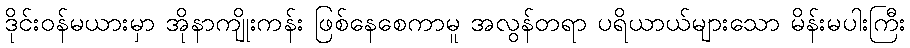
ဒိုင်းဝန်မယားမှာ အိုနာကျိုးကန်း ဖြစ်နေစေကာမူ အလွန်တရာ ပရိယာယ်များသော မိန်းမပါးကြီး